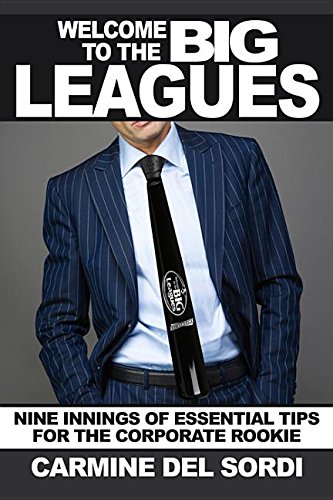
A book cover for Welcome to the Big Leagues: Nine Innings of Essential Tips for the Corporate Rookie; Carmine Del Sordi; Business & Money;